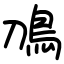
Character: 鳭